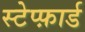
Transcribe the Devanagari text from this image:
स्टेप्फ़ार्ड